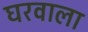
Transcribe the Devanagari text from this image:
घरवाला